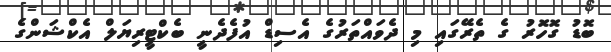
ބޮޑު ގޮހޮރު ގެ ތެރޭގައި މި ދެވައްތަރުގެ އެސިޑް އުފެދެނީ ބެކްޓީރިޔަލް އެކްޝަންގެ